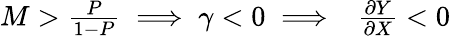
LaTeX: \begin{array}{r}{M>\frac{P}{1-P}\implies\gamma<0\implies~~\frac{\partial Y}{\partial X}<0}\end{array}